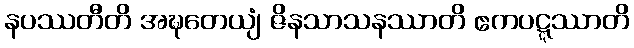
နပဿတီတိ အဍ္ဎတေယျံ ဇိနသာသနဿာတိ ဧကပဋ္ဋဿာတိ